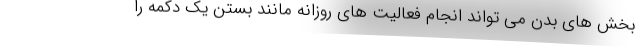
بخش های بدن می تواند انجام فعالیت های روزانه مانند بستن یک دکمه را